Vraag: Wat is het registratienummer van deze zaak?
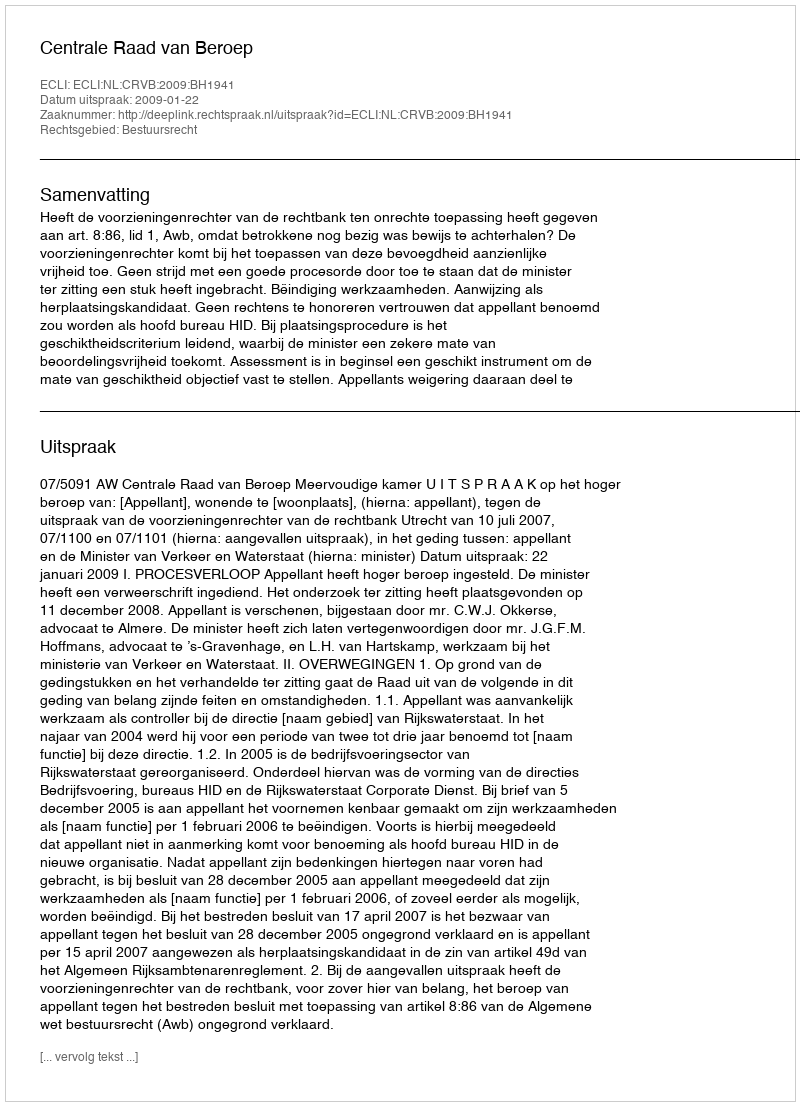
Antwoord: http://deeplink.rechtspraak.nl/uitspraak?id=ECLI:NL:CRVB:2009:BH1941